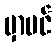
မှာပင်